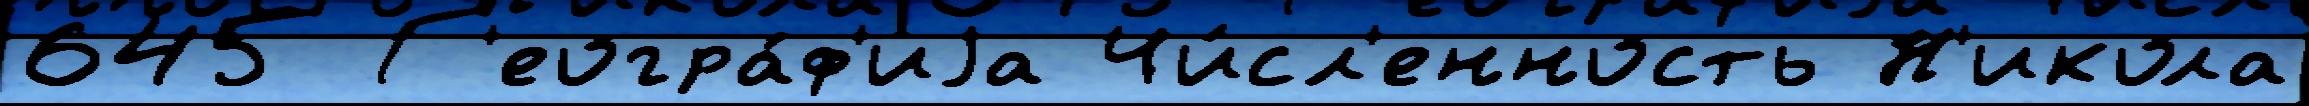
645 Г'еогра́ф'иjа Чи́сл'енность Н'икола